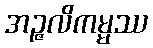
အဉ္ဇလိကမ္မဿ